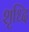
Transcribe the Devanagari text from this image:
शृध्दि